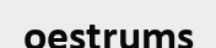
oestrums